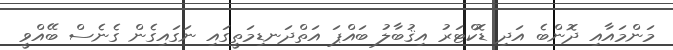
މަންމައާއި ދޮންބެ އަދި ޑޮކްޓަރު އިޤުބާލު ބައްޕަ އަތްދަނޑިމަތީގައި ނަގައިގެން ގެނެސް ބޭއްވީ